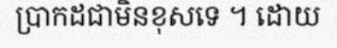
ប្រាកដជាមិនខុសទេ ។ ដោយ